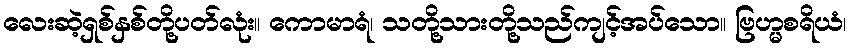
လေးဆဲ့ရှစ်နှစ်တို့ပတ်လုံး။ ကောမာရံ၊ သတို့သားတို့သည်ကျင့်အပ်သော။ ဗြဟ္မစရိယံ၊